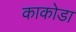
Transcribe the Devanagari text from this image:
काकोडा